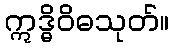
ဣဒ္ဓိဝိဓသုတ်။